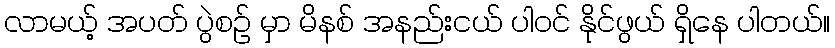
လာမယ့် အပတ် ပွဲစဉ် မှာ မိနစ် အနည်းငယ် ပါဝင် နိုင်ဖွယ် ရှိနေ ပါတယ်။